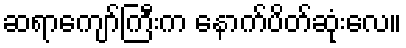
ဆရာကျော်ကြီးက နောက်ပိတ်ဆုံးလေ။